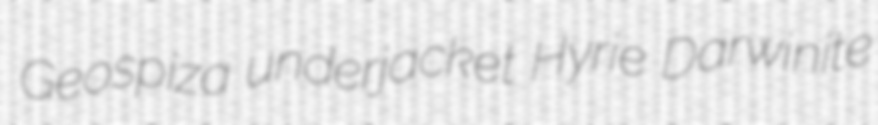
Geospiza underjacket Hyrie Darwinite